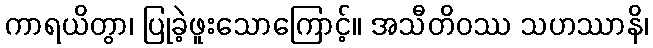
ကာရယိတွာ၊ ပြုခဲ့ဖူးသောကြောင့်။ အသီတိဝဿ သဟဿာနိ၊